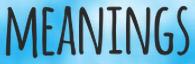
MEANINGS